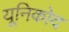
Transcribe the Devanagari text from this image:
यूनिकोद